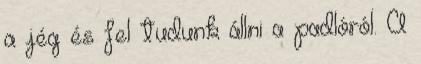
a jég és fel tudunk állni a padlóról. A